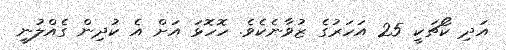
އަދި ކޯޗަކީ 25 އަހަރުގެ ޒުވާނެކެވެ. ހޮހޮޅަ އަށް އެ ކުދިން ގެއްލުނީ